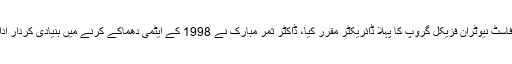
ایٹمی پروگرام کو تیزی سے آگے بڑھانے کے لیے انھیں ڈاکٹر منیر احمد خان نے فاسٹ نیوٹران فزیکل گروپ کا پہلا ڈائریکٹر مقرر کیا، ڈاکٹر ثمر مبارک نے 1998 کے ایٹمی دھماکے کرنے میں بنیادی کردار ادا کیا اور کافی عرصے چاغی میں مقیم رہ کر ٹنل کی کھدائی کی ازخود نگرانی کی۔